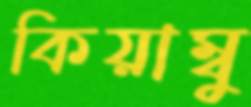
কিয়াম্বু